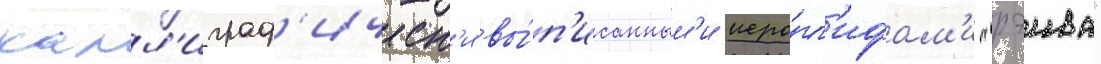
калл'играф'ическ'и вы́п'исанным'и иеро́гл'ифам'и "рэива"